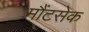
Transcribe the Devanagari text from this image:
मौंटसेक